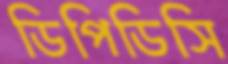
ডিপিডিসি